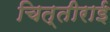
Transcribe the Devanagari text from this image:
चित्तीराई